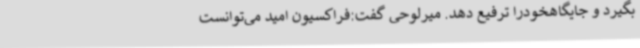
بگیرد و جایگاهخودرا ترفیع دهد. میرلوحی گفت:فراکسیون امید می‌توانست